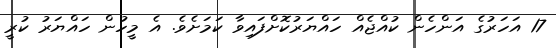
17 އަހަރުގެ އަންހެން ކުއްޖެއް ހައްޔަރުކޮށްފައިވާ ކަމަށެވެ. އެ މީހުން ހައްޔަރު ކުރީ